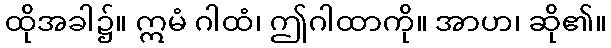
ထိုအခါ၌။ ဣမံ ဂါထံ၊ ဤဂါထာကို။ အာဟ၊ ဆို၏။